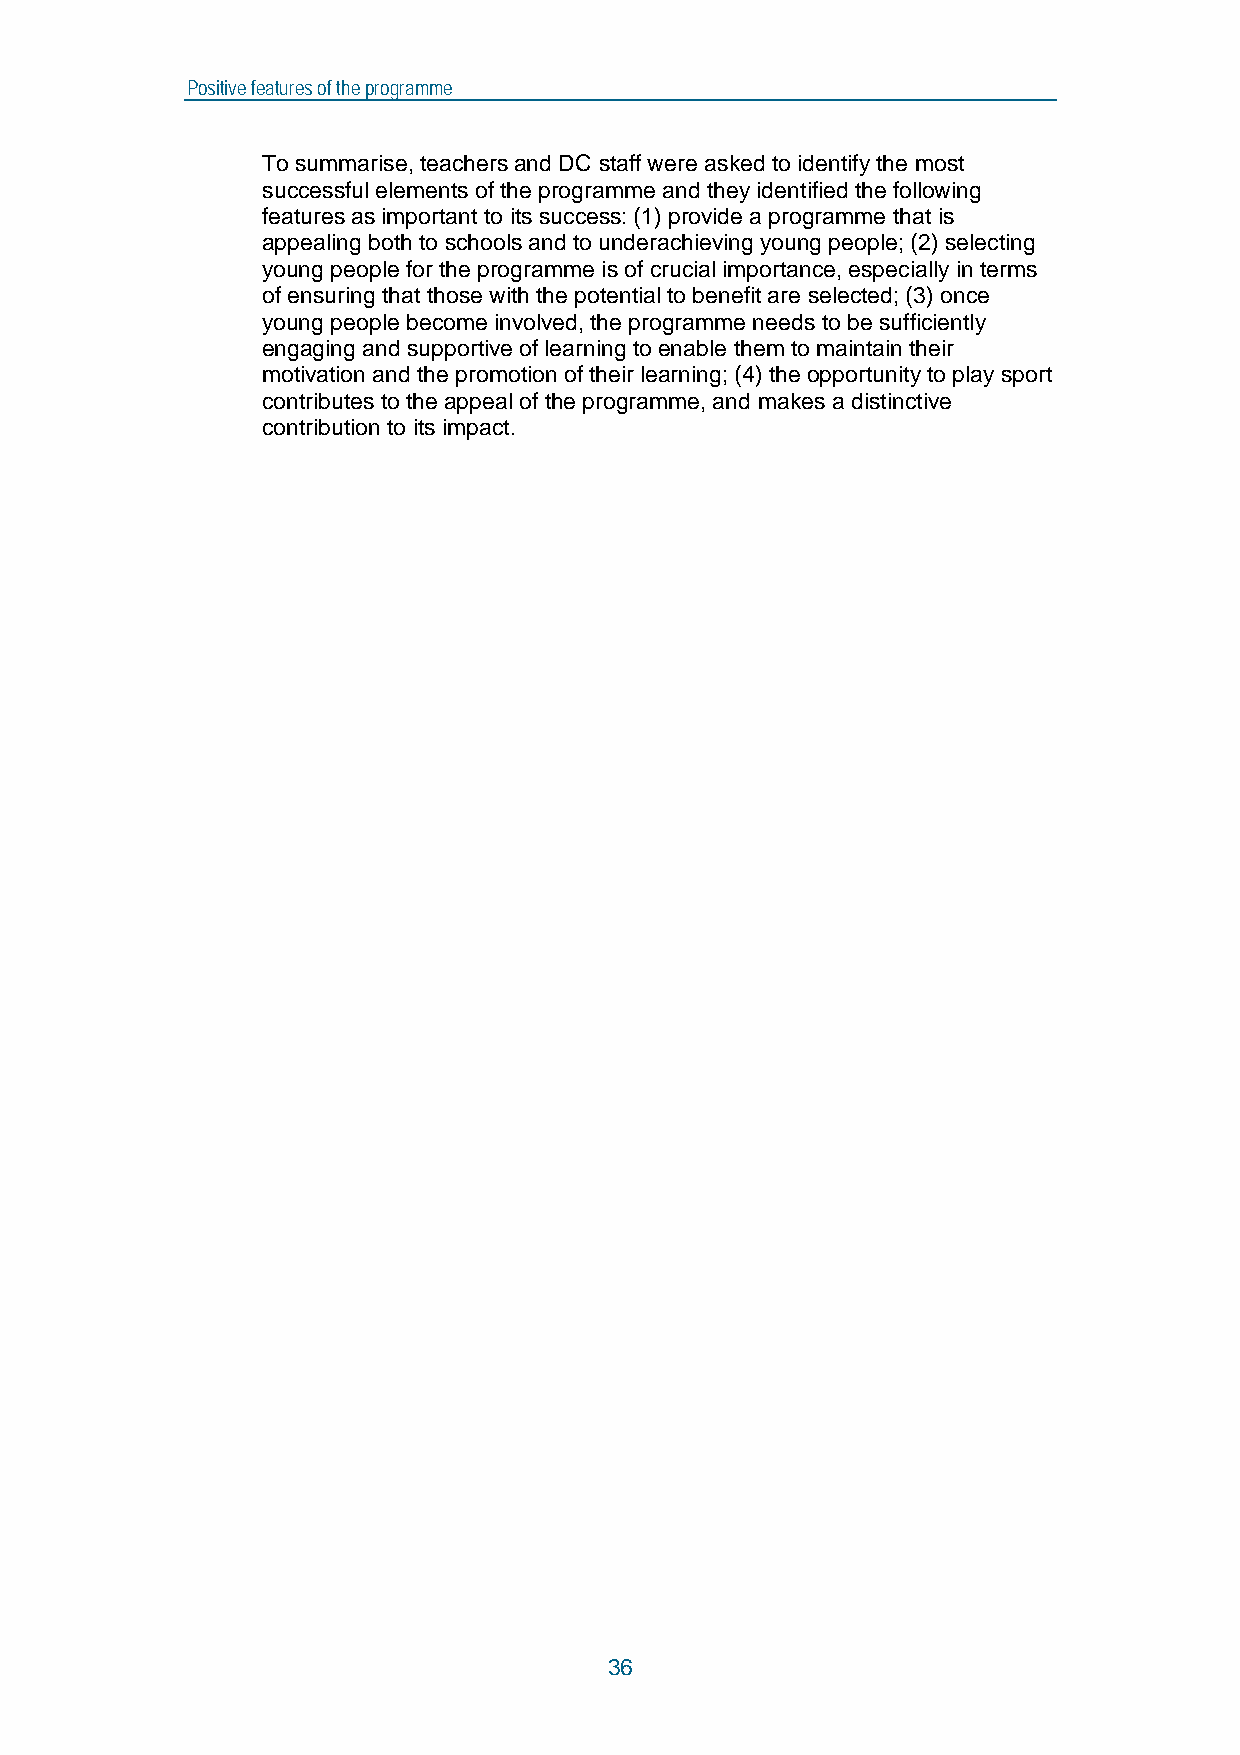
Positive features of the programme
 To summarise, teachers and DC staff were asked to identify the most
 successful elements of the programme and they identified the following
 features as important to its success: (1) provide a programme that is
 appealing both to schools and to underachieving young people; (2) selecting
 young people for the programme is of crucial importance, especially in terms
 of ensuring that those with the potential to benefit are selected; (3) once
 young people become involved, the programme needs to be sufficiently
 engaging and supportive of learning to enable them to maintain their
 motivation and the promotion of their learning; (4) the opportunity to play sport
 contributes to the appeal of the programme, and makes a distinctive
 contribution to its impact.
 36